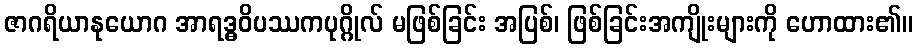
ဇာဂရိယာနုယောဂ အာရဒ္ဓဝိပဿကပုဂ္ဂိုလ် မဖြစ်ခြင်း အပြစ်၊ ဖြစ်ခြင်းအကျိုးများကို ဟောထား၏။